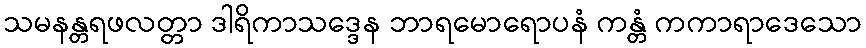
သမနန္တရဖလတ္တာ ဒါရိကာသဒ္ဒေန ဘာရမောရောပနံ ကန္တံ ကကာရာဒေသော